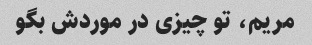
مریم، تو چیزی در موردش بگو